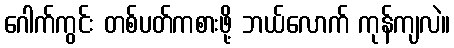
ဂေါက်ကွင်း တစ်ပတ်ကစားဖို့ ဘယ်လောက် ကုန်ကျလဲ။